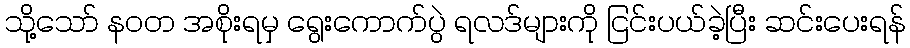
သို့သော် နဝတ အစိုးရမှ ရွေးကောက်ပွဲ ရလဒ်များကို ငြင်းပယ်ခဲ့ပြီး ဆင်းပေးရန်